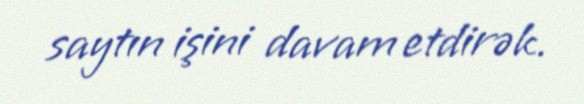
saytın işini davam etdirək.